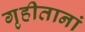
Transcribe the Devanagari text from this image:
गृहीतानां